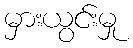
မှားယွင်းမှု